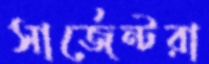
সার্জেন্টরা